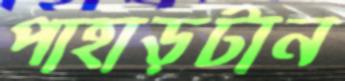
পাহাড়টান